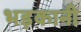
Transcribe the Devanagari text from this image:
भड़कानी